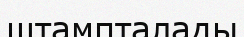
штампталады